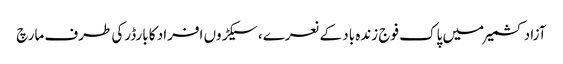
آزاد کشمیرمیں پاک فوج زندہ باد کے نعرے، سیکڑوں افراد کا بارڈرکی طرف مارچ